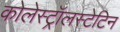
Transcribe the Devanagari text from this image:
कोलेस्ट्रॉलस्टेटिन